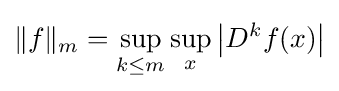
\|f\|_{m}=\sup _{k\leq m}\sup _{x}\left|D^{k}f(x)\right|